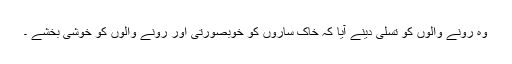
وہ رونے والوں کو تسلی دینے آیا کہ خاک ساروں کو خوبصورتی اور رونے والوں کو خوشی بخشے ۔